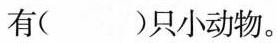
有( )只小动物。